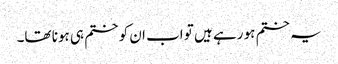
یہ ختم ہو رہے ہیں تو اب ان کو ختم ہی ہونا تھا۔